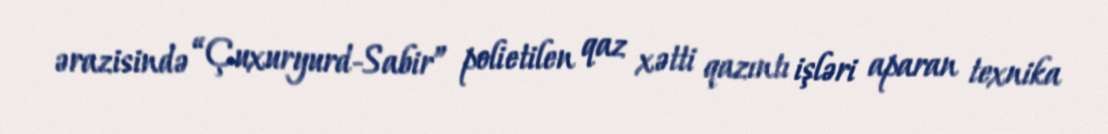
ərazisində “Çuxuryurd-Sabir” polietilen qaz xətti qazıntı işləri aparan texnika